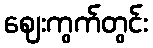
ဈေးကွက်တွင်း